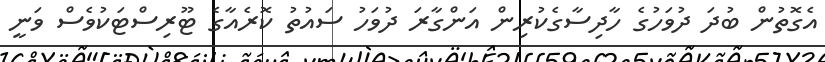
އެގޮތުން ބުދަ ދުވަހުގެ ހާދިސާގެކުރިން އަންގާރަ ދުވަހު ސައުތު ކޮރެއާގެ ޓޫރިސްޓަކުވެސް ވަނީ